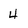
Character: 4